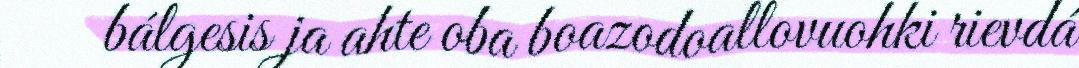
bálgesis ja ahte oba boazodoallovuohki rievdá